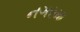
નગરમા